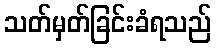
သတ်မှတ်ခြင်းခံရသည်